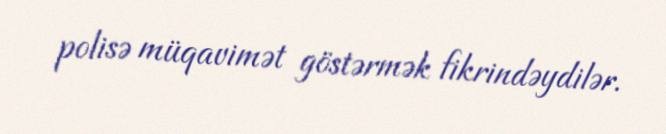
polisə müqavimət göstərmək fikrindəydilər.